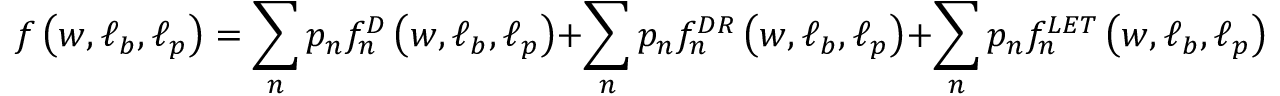
f \left( \boldsymbol { w } , \boldsymbol { \ell _ { b } } , \boldsymbol { \ell _ { p } } \right) = \sum _ { n } p _ { n } f _ { n } ^ { D } \left( \boldsymbol { w } , \boldsymbol { \ell _ { b } } , \boldsymbol { \ell _ { p } } \right) + \sum _ { n } p _ { n } f _ { n } ^ { D R } \left( \boldsymbol { w } , \boldsymbol { \ell _ { b } } , \boldsymbol { \ell _ { p } } \right) + \sum _ { n } p _ { n } f _ { n } ^ { L E T } \left( \boldsymbol { w } , \boldsymbol { \ell _ { b } } , \boldsymbol { \ell _ { p } } \right) .